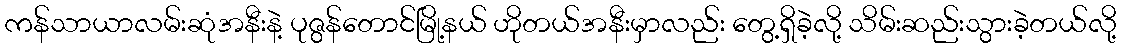
ကန်သာယာလမ်းဆုံအနီးနဲ့ ပုဇွန်တောင်မြို့နယ် ဟိုတယ်အနီးမှာလည်း တွေ့ရှိခဲ့လို့ သိမ်းဆည်းသွားခဲ့တယ်လို့